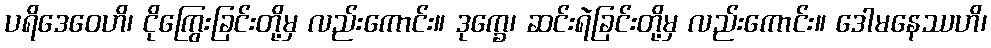
ပရိဒေဝေဟိ၊ ငိုကြွေးခြင်းတို့မှ လည်းကောင်း။ ဒုက္ခေ၊ ဆင်းရဲခြင်းတို့မှ လည်းကောင်း။ ဒေါမနေဿဟိ၊